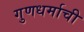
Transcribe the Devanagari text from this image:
गुणधर्माची